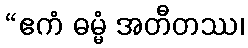
“ဧကံ ဓမ္မံ အတီတဿ၊